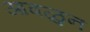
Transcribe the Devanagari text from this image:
आवळुन